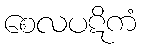
စေလပဋိကံ